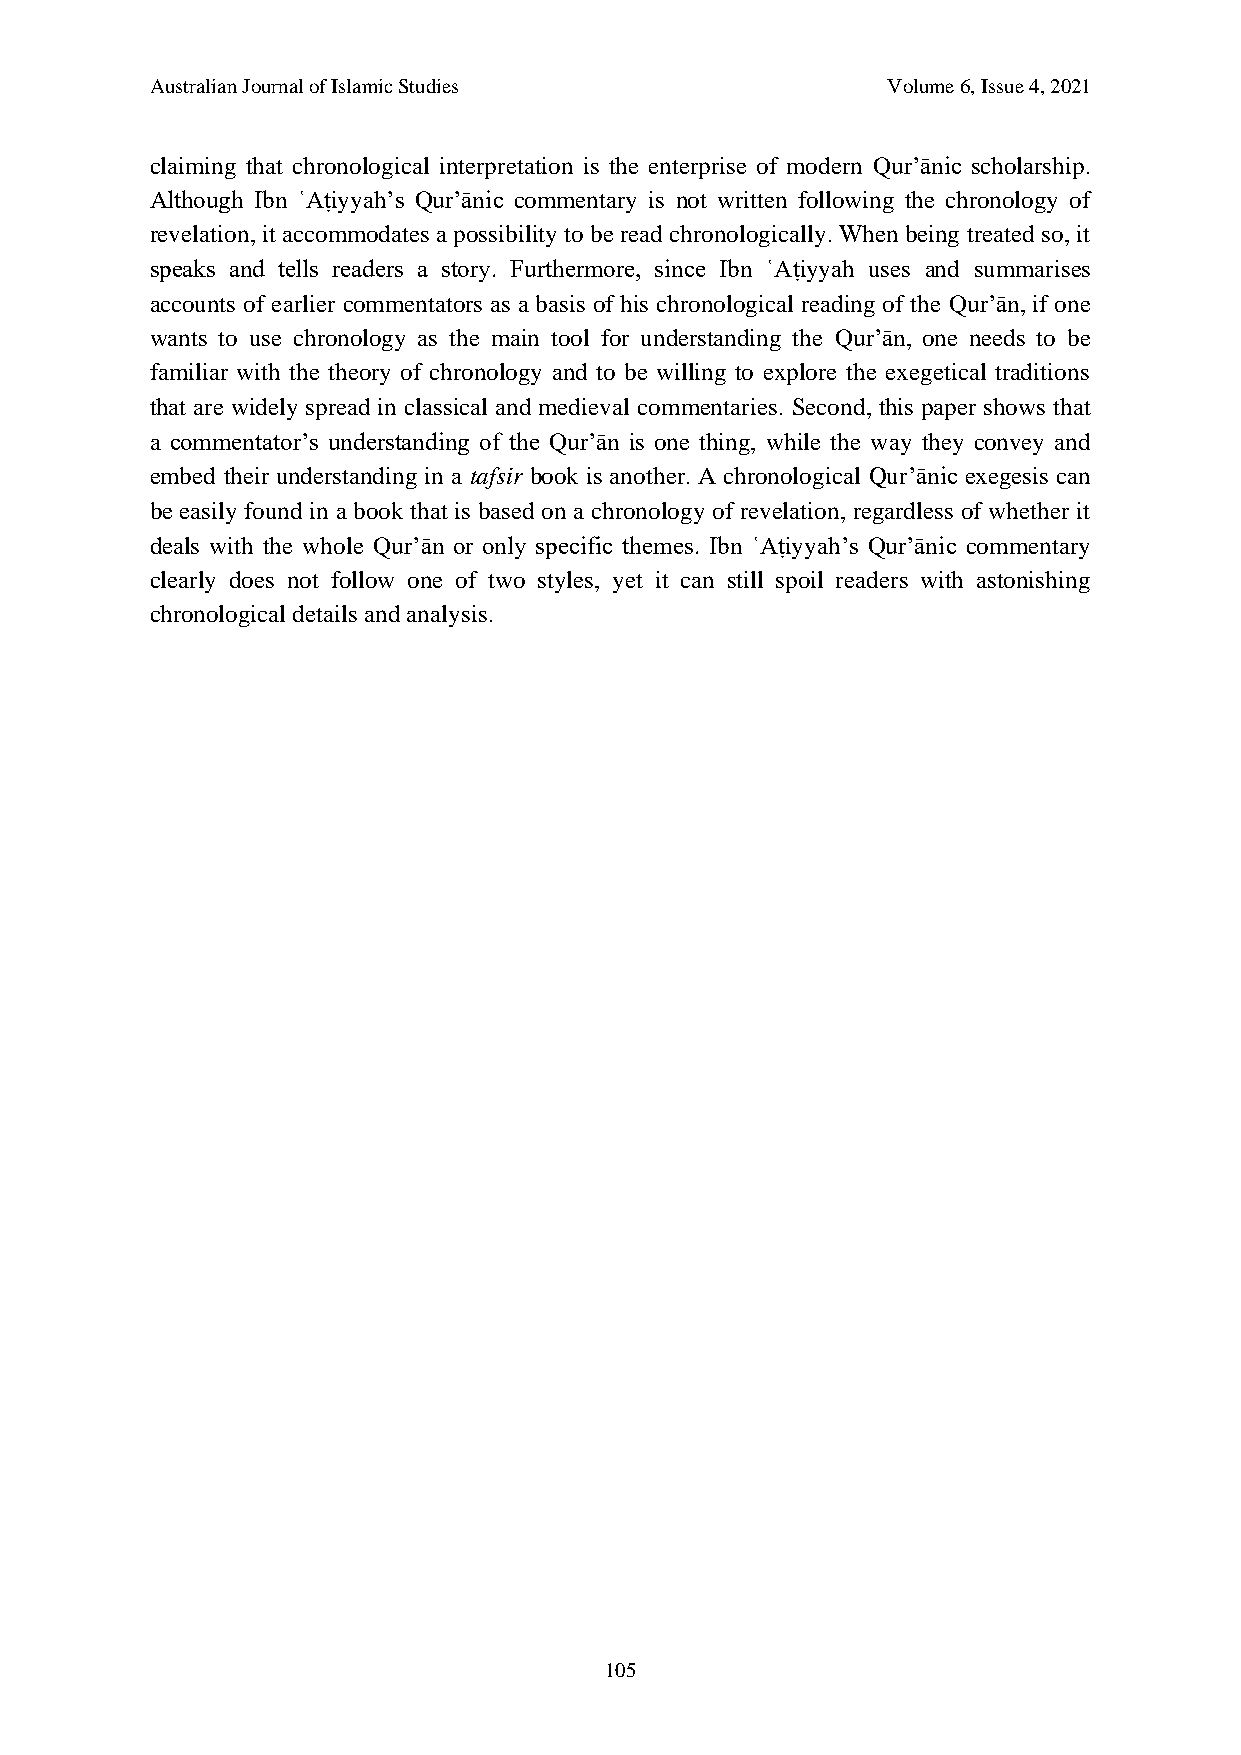
Australian Journal of Islamic Studies            Volume 6, Issue 4, 2021
 claiming that chronological interpretation is the enterprise of modern Qur’ānic scholarship.
 Although Ibn ʿAṭiyyah’s Qur’ānic commentary is not written following the chronology of
 revelation, it accommodates a possibility to be read chronologically. When being treated so, it
 speaks and tells readers a story. Furthermore, since Ibn ʿAṭiyyah uses and summarises
 accounts of earlier commentators as a basis of his chronological reading of the Qur’ān, if one
 wants to use chronology as the main tool for understanding the Qur’ān, one needs to be
 familiar with the theory of chronology and to be willing to explore the exegetical traditions
 that are widely spread in classical and medieval commentaries. Second, this paper shows that
 a commentator’s understanding of the Qur’ān is one thing, while the way they convey and
 embed their understanding in a tafsir book is another. A chronological Qur’ānic exegesis can
 be easily found in a book that is based on a chronology of revelation, regardless of whether it
 deals with the whole Qur’ān or only specific themes. Ibn ʿAṭiyyah’s Qur’ānic commentary
 clearly does not follow one of two styles, yet it can still spoil readers with astonishing
 chronological details and analysis.
 105